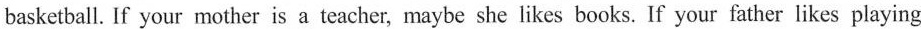
basketball. If your mother is a teacher, maybe she likes books. If your father likes playing